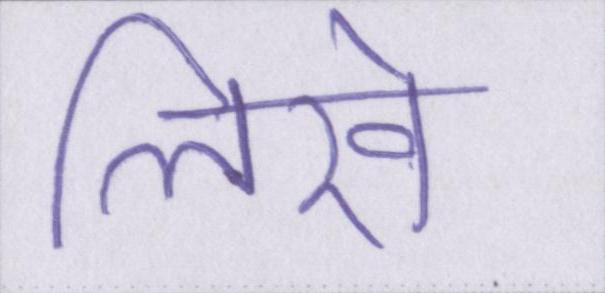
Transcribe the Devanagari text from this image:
लिखे